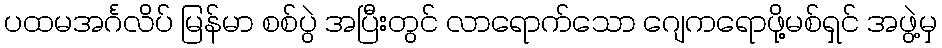
ပထမအင်္ဂလိပ် မြန်မာ စစ်ပွဲ အပြီးတွင် လာရောက်သော ဂျေကရောဖို့မစ်ရှင် အဖွဲ့မှ